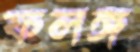
ফলঙ্গ